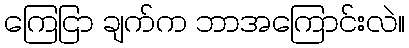
ကြေငြာ ချက်က ဘာအကြောင်းလဲ။